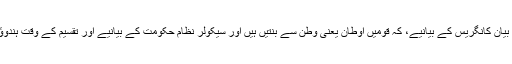
دو قومی نظریہ کے حامی عوام کو یہ معلوم ہے یہ بیان کانگریس کے بیانیے، کہ قومیں اُوطان یعنی وطن سے بنتیں ہیں اور سیکولر نظامِ حکومت کے بیانیے اور تقسیم کے وقت ہندوؤں لیڈروں کے ذہن کے بل لکل مطابقت رکھتا ہے ۔